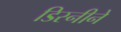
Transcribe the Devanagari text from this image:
डिस्नीने